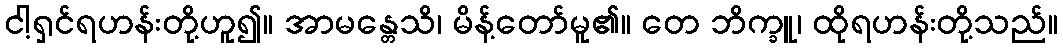
ငါ့ရှင်ရဟန်းတို့ဟူ၍။ အာမန္တေသိ၊ မိန့်တော်မူ၏။ တေ ဘိက္ခူ၊ ထိုရဟန်းတို့သည်။